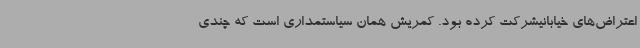
اعتراض‌های خیابانیشرکت کرده بود. کمریش همان سیاستمداری است که چندی